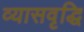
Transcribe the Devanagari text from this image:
व्यासवृद्धि